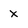
Character: x